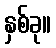
နှစ်ခု။